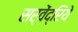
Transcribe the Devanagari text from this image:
सर्वेंद्रिये